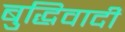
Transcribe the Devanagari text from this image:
बुद्धिवादीं